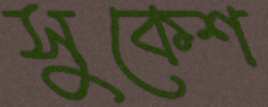
সুকেশ